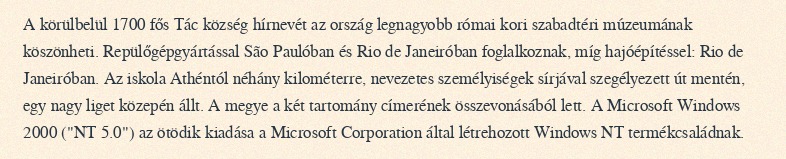
A körülbelül 1700 fős Tác község hírnevét az ország legnagyobb római kori szabadtéri múzeumának köszönheti. Repülőgépgyártással São Paulóban és Rio de Janeiróban foglalkoznak, míg hajóépítéssel: Rio de Janeiróban. Az iskola Athéntól néhány kilométerre, nevezetes személyiségek sírjával szegélyezett út mentén, egy nagy liget közepén állt. A megye a két tartomány címerének összevonásából lett. A Microsoft Windows 2000 ("NT 5.0") az ötödik kiadása a Microsoft Corporation által létrehozott Windows NT termékcsaládnak.